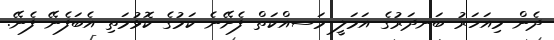
ދެން މިއަހަރު ބަނދަރުގެ އަމަލީ މަސއްކަތް ފެށޭނެ ކަމުގެ ކޮޅުމަތި އެބަފެނޭ ފެނޭ.